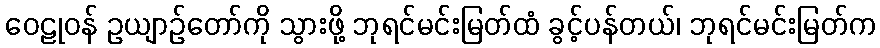
ဝေဠုဝန် ဥယျာဉ်တော်ကို သွားဖို့ ဘုရင်မင်းမြတ်ထံ ခွင့်ပန်တယ်၊ ဘုရင်မင်းမြတ်က